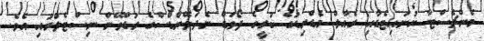
މެންޗެސްޓާ ޔުނައިޓެޑާއި ރެއާލް މެޑްރިޑުގެ ކުރީގެ ފޯވަޑް ނެދަލޭންޑްސްގެ ރުޑްވޭން ނިސްޓެލްރުއި އެވެ.